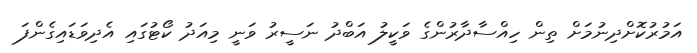
އަމުރުކޮށްދިނުމަށް ތިން ހިއްސާދާރުންގެ ވަކީލު އަބްދު ނަސީރު ވަނީ މިއަދު ކޯޓުގައި އެދިވަޑައިގެންފަ